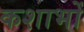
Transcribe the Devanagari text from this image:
कशाभों